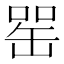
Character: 𦈯